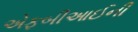
એફબીઆઈની